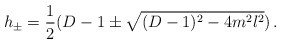
\begin{align*}h_{\pm} = \frac 12(D-1 \pm \sqrt{(D-1)^2 - 4m^2l^2})\,.\end{align*}